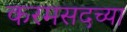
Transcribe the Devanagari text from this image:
करमसदच्या